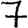
Digit: 7